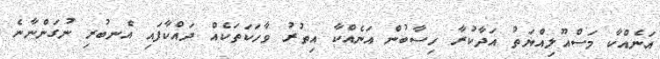
އަނެއްކާ މަސްއޫލިއްޔަތު އަދާކުރާ ހިސާބުން އަނެއްކާ އިތުރު ވާހަކަތަކެއް ދައްކާފައި އެނބުރި ނުގަންނާނެ